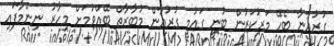
ގުރުއާނާ ބެހޭ މަރުކަޒުން ބުނީ ގައުމީ ގުރުއާން މުބާރާތް ބޭއްވުމަށް މިހާރު ނިންމާފައި